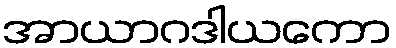
အာယာဂဒါယကော